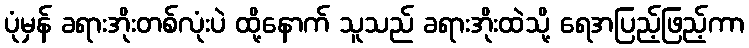
ပုံမှန် ခရားအိုးတစ်လုံးပဲ ထို့နောက် သူသည် ခရားအိုးထဲသို့ ရေအပြည့်ဖြည့်ကာ